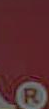
.